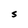
Character: s